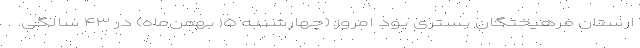
ارستان فرهیختگان بستری بود امروز (چهارشنبه ۱۵ بهمن‌ماه) در ۴۳ سالگی